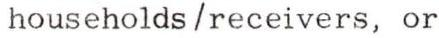
households/receivers, or